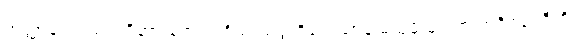
အတ္တာနံ ဥပသံဟရိတွာ တေသံ ဝိယ သတ္တဝိသေသာနံ မယှမ္ပိ မရဏံ ဘဝိဿတီတိ